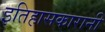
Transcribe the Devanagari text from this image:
इतिहासकारानी